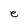
Character: e